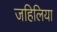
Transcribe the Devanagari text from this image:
जहिलिया